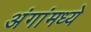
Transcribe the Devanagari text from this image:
अंगांमध्ये